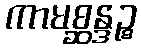
ကာမစ္ဆန္ဒဉ္စ